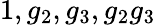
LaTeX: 1,g_{2},g_{3},g_{2}g_{3}